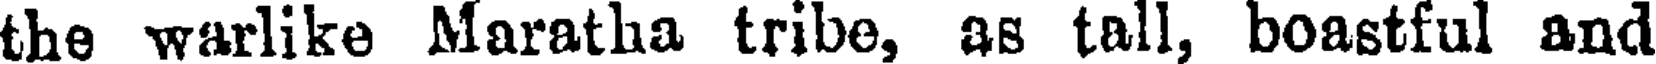
the warlike Maratha tribe, as tall, boastful and